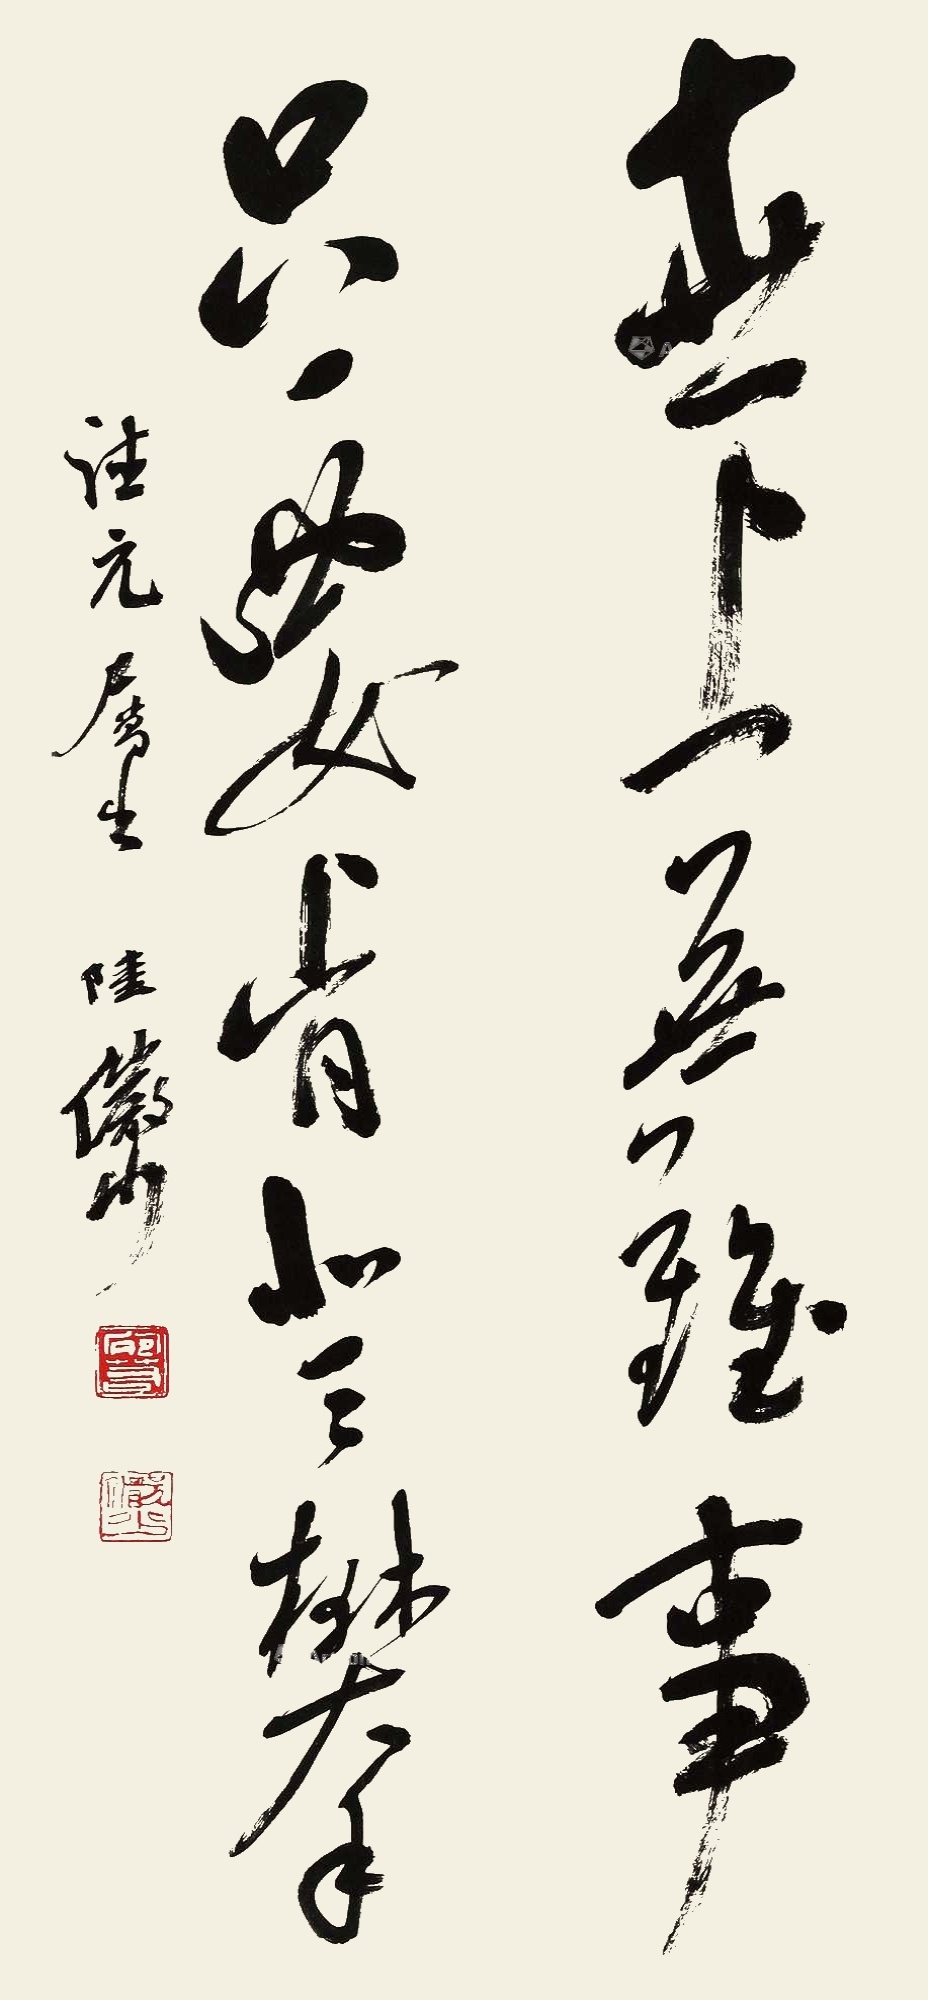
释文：世上无难事，只要肯登攀。往元属书，陆俨少。